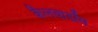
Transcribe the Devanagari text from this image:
कैलवाडॉस